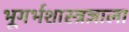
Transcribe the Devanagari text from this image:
भूगर्भशास्त्रज्ञाला